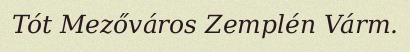
Tót Mezőváros Zemplén Várm.